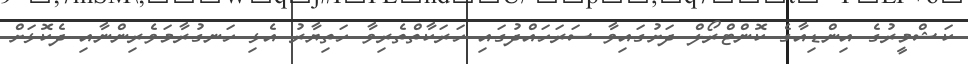
ކަޝްމީރުގެ އިންޑިއާގެ ކޮންޓްރޯލް ދަށުގައިވާ ސަރަހައްދުގައި ހަރަކާތްތެރިވާ ހަތިޔާރު އެޅި ހަނގުރާމަވެރިންނާއި ދެކޮޅަށް